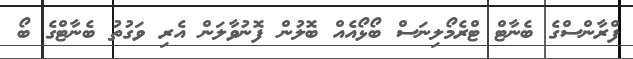
ފްރާންސްގެ ބެނާޓް ޓްރެމޯލިނަސް ބޯޅޯއެއް ބޮލުން ފޮނުވާލަން އެރި ވަގުތު ބެނާޓްގެ ބޯ